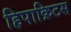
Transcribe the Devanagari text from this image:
हिपाक्रिटस